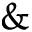
\&